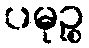
ပမုဉ္စ